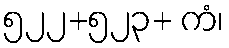
၅၂၂+၅၂၃+ ကံ၊